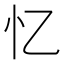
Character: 忆